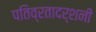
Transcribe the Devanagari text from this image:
पतिव्रतादर्शनी